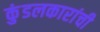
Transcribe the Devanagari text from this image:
कुंडलकारांची